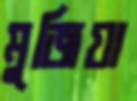
মুজিযা